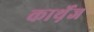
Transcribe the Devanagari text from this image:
कार्थ़ेज